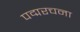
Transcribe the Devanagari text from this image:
पद्मरचना